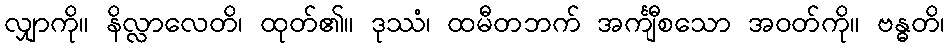
လျှာကို။ နိလ္လာလေတိ၊ ထုတ်၏။ ဒုဿံ၊ ထမီတဘက် အင်္ကျီစသော အဝတ်ကို။ ဗန္ဓတိ၊